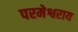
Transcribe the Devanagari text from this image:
परमेश्वराय